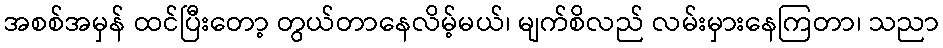
အစစ်အမှန် ထင်ပြီးတော့ တွယ်တာနေလိမ့်မယ်၊ မျက်စိလည် လမ်းမှားနေကြတာ၊ သညာ